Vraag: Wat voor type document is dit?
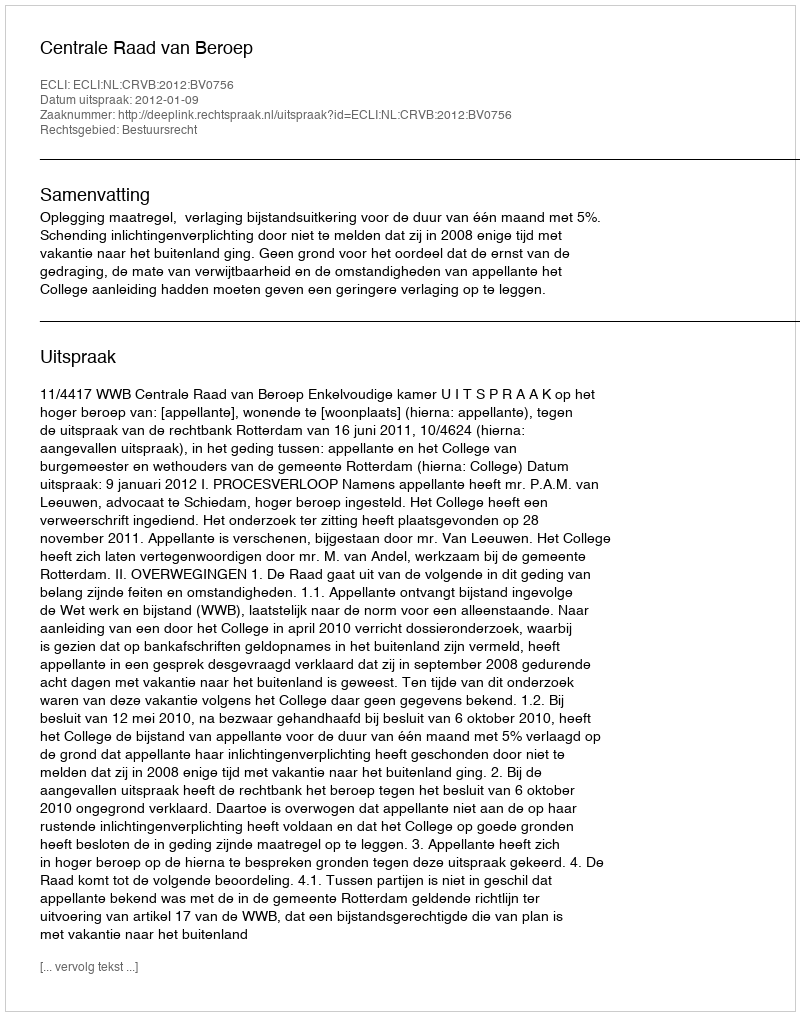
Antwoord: Uitspraak